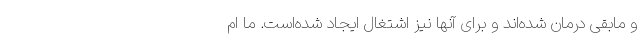
و مابقی درمان شده‌اند و برای آنها نیز اشتغال ایجاد شده‌است. ما ام